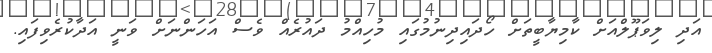
އަދި ލިވަޕޫލްއަށް ކާމިޔާބީތަށް ހޯދައިދިނުމުގައި މުހިއްމު ދައުރެއް ވެސް އަހަންނަށް ވަނީ އަދާކުރެވިފައި.